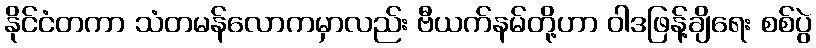
နိုင်ငံတကာ သံတမန်လောကမှာလည်း ဗီယက်နမ်တို့ဟာ ဝါဒဖြန့်ချိရေး စစ်ပွဲ